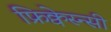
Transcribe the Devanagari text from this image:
फ्रिक्वेस्न्सी